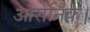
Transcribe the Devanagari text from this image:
आर्सेनिक।